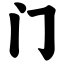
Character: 门